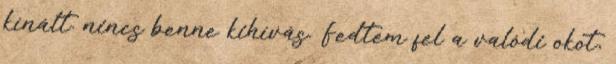
kínált. nincs benne kihívás. Fedtem fel a valódi okot,